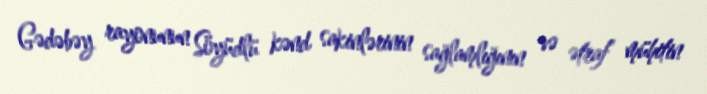
Gədəbəy rayonunun Söyüdlü kənd sakinlərinin sağlamlığının və ətraf mühitin